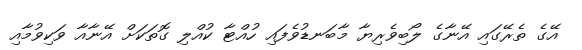
އޭގެ ތެރޭގައި އޭނާގެ ލޯބިވެރިޔާ މާބަނޑުވެފައި ހުއްޓާ ކުއްލި ގޮތަކަށް އޭނާއާ ވަކިވުމާއި